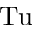
\mathrm { T u }